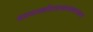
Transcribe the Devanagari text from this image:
मलयजशीतलाम्सस्यश्यामलाम्